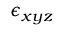
\epsilon _ { x y z }